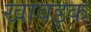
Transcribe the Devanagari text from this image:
खावइक